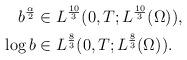
LaTeX: \begin{align*}b^{\frac{\alpha}{2}} &\in L^{\frac{10}{3}}(0,T; L^{\frac{10}{3}}(\Omega)), \\\log b &\in L^{\frac{8}{3}}(0,T; L^{\frac{8}{3}}(\Omega)). \end{align*}